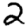
Digit: 2